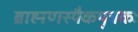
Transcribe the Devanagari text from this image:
ब्राह्मणस्यैकपुत्रकः